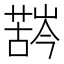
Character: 𱾛